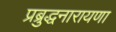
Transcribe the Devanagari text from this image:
प्रब्रुद्धनारायणा